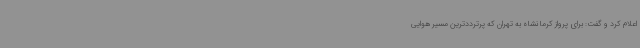
اعلام کرد و گفت: برای پرواز کرمانشاه به تهران که پرترددترین مسیر هوایی